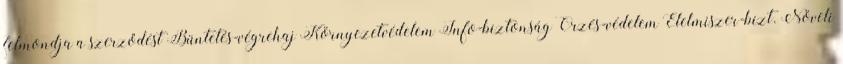
felmondja a szerződést Büntetés-végrehaj Környezetvédelem Info-biztonság Őrzés-védelem Élelmiszer-bizt. Növeli